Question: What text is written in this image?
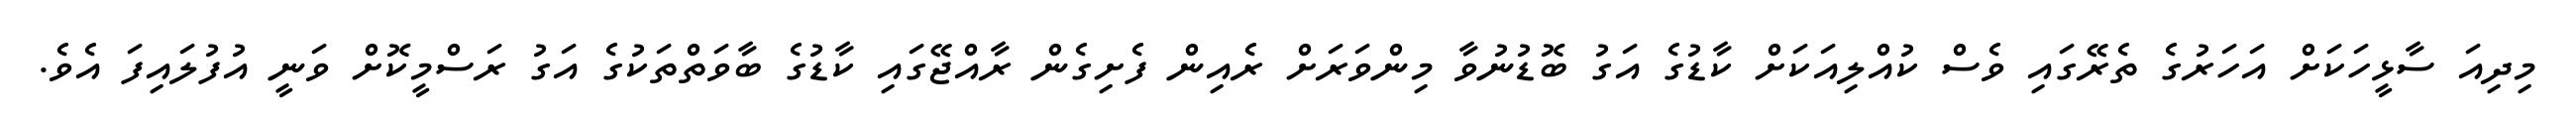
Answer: މިދިއަ ސާޅީހަކަށް އަހަރުގެ ތެރޭގައި ވެސް ކުއްލިއަކަށް ކާޑުގެ އަގު ބޮޑުނުވާ މިންވަރަށް ރެއިން ފެށިގެން ރާއްޖޭގައި ކާޑުގެ ބާވަތްތަކުގެ އަގު ރަސްމީކޮށް ވަނީ އުފުލައިފަ އެވެ.